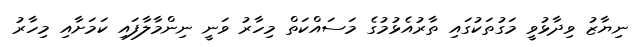
ނިޔާޒު ވިދާޅުވީ މަގުތަކުގައި ތާރުއެޅުމުގެ މަސައްކަތް މިހާރު ވަނީ ނިންމާލާފައި ކަމަށާއި މިހާރު